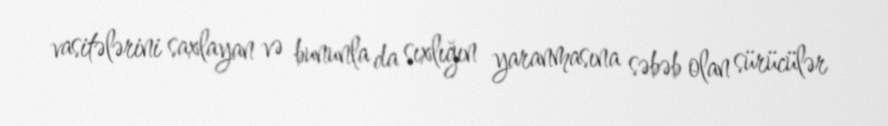
vasitələrini saxlayan və bununla da sıxlığın yaranmasına səbəb olan sürücülər